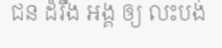
ជន ដំរឹង អង្គ ឲ្យ លះបង់